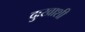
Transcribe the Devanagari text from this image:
दुःखाशी